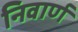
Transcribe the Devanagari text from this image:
निवार्ण